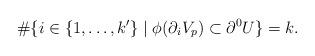
LaTeX: \begin{align*}\#\{i \in \{1,\dots,k'\} \mid \phi(\partial_i V_p) \subset \partial^0 U\}= k.\end{align*}